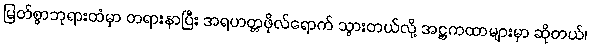
မြတ်စွာဘုရားထံမှာ တရားနာပြီး အရဟတ္တဖိုလ်ရောက် သွားတယ်လို့ အဋ္ဌကထာများမှာ ဆိုတယ်၊